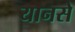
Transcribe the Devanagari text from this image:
यानसे